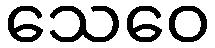
သေဝေ